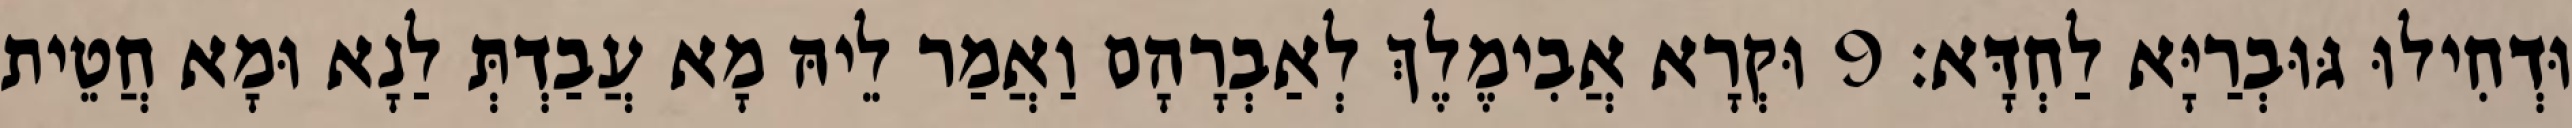
וּדְחִילוּ גּוּבְרַיָּא לַחְדָּא׃ 9 וּקְרָא אֲבִימֶלֶךְ לְאַבְרָהָם וַאֲמַר לֵיהּ מָא עֲבַדְתְּ לַנָא וּמָא חֲטֵית